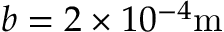
b = 2 \times 1 0 ^ { - 4 } \mathrm { m }